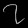
Digit: ၇